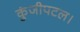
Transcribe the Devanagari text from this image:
कुंजीपटल।